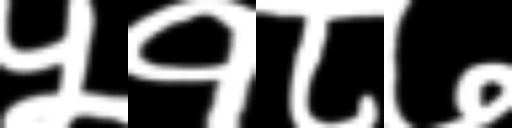
Text: ५१८७